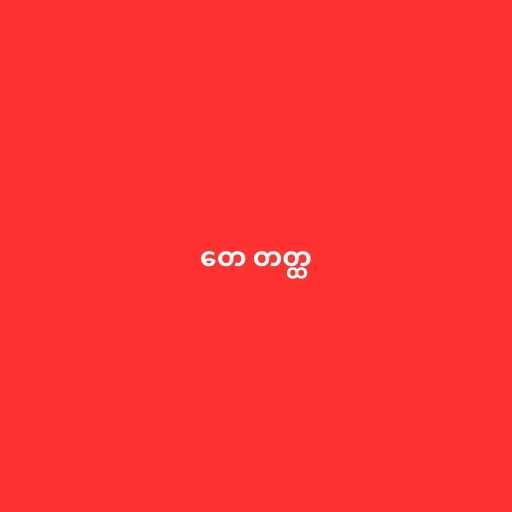
တေ တတ္ထ